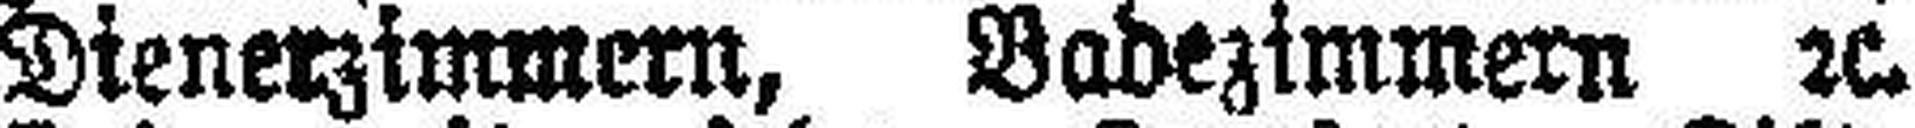
Dienerzimmern, Badezimmern 2c.